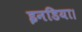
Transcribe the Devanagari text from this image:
इनडिया।